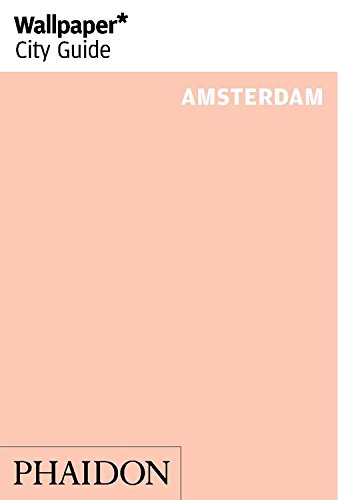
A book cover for Wallpaper* City Guide Amsterdam (2014) (Wallpaper City Guides); Travel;